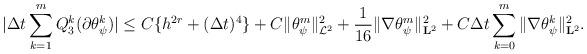
LaTeX: \begin{align*}{\displaystyle |\Delta t\sum_{k=1}^{m} Q_{3}^{k}(\partial{\theta_{\psi}^{k}})| \leq C\{h^{2r}+(\Delta t)^{4}\} +C \Vert\theta_{\psi}^{m}\Vert_{\mathcal{L}^2}^{2}+ \frac{1}{16} \Vert\nabla\theta_{\psi}^{m}\Vert_{\mathbf{L}^2}^{2}+C\Delta t \sum_{k=0}^{m}{\Vert\nabla\theta_{\psi}^{k}\Vert_{\mathbf{L}^2}^{2}}.}\end{align*}